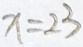
x = 2 3